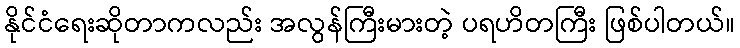
နိုင်ငံရေးဆိုတာကလည်း အလွန်ကြီးမားတဲ့ ပရဟိတကြီး ဖြစ်ပါတယ်။